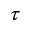
\tau